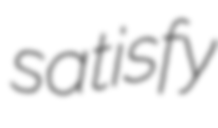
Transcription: satisfy